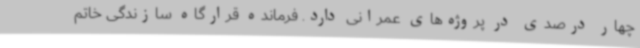
چهار درصدی در پروژه‌های عمرانی دارد. فرمانده قرارگاه سازندگی خاتم